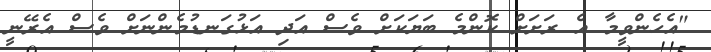
"އެހެންވީމާ އެ ރަށަށް ކޮންމެ ބަޔަކަށް ވެސް އަދި އަޅުގަނޑުމެންނަށް ވެސް އެރޭނީ